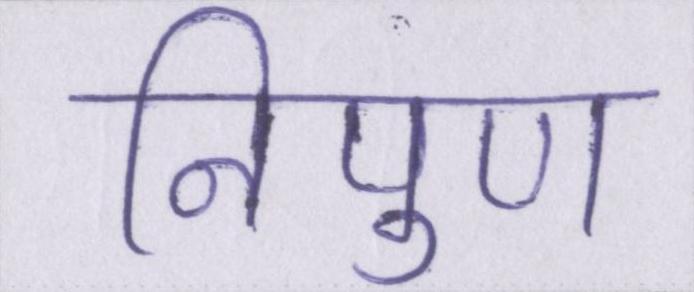
निपुण